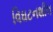
વિઘટનશીલ